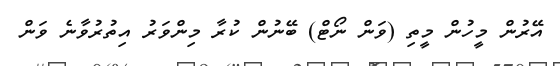
އޭރުން މީހުން މީތި (ވަން ނޯޓް) ބޭނުން ކުރާ މިންވަރު އިތުރުވާނެ ވަން